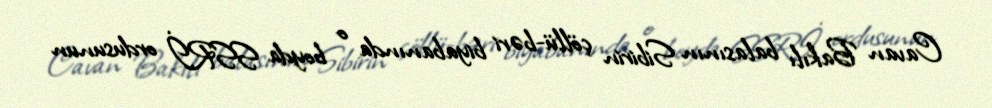
Cavan Bakılı balasının Sibirin çöllü-bəri biyabanında o boyda SSRİ ordusunun